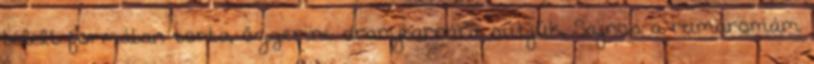
bélelt formában torta, őzgerinc aranybarnára sütjük. Sajnos a rumaromám